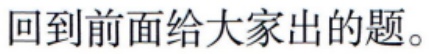
回到前面给大家出的题。